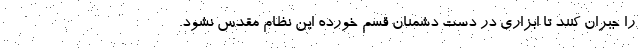
را جبران کنند تا ابزاری در دست دشمنان قسم خورده این نظام مقدس نشود.